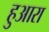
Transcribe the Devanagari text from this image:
हुआरा